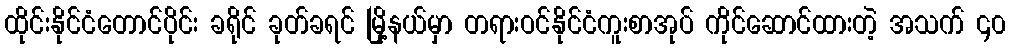
ထိုင်းနိုင်ငံတောင်ပိုင်း ခရိုင် ခုတ်ခရင် မြို့နယ်မှာ တရားဝင်နိုင်ငံကူးစာအုပ် ကိုင်ဆောင်ထားတဲ့ အသက် ၄၀